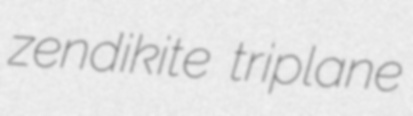
zendikite triplane